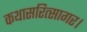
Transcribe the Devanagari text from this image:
कथासरित्सागर।